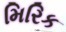
મિરિક